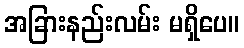
အခြားနည်းလမ်း မရှိပေ။